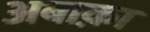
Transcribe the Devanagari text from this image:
अबाक़ा